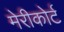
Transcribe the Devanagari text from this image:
मेरीकोर्ट